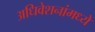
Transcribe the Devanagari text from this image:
अधिवेशनांमध्ये